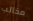
مخالب